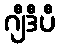
ဂျီဒီပီ